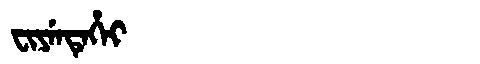
Manchu: ᠸᡳᠶᡝᠨᡨᡝᡥᡝᡳ
Romanization: FIYENTEHEI